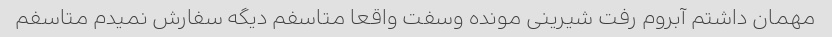
مهمان داشتم آبروم رفت شیرینی مونده وسفت واقعا متاسفم دیگه سفارش نمیدم متاسفم